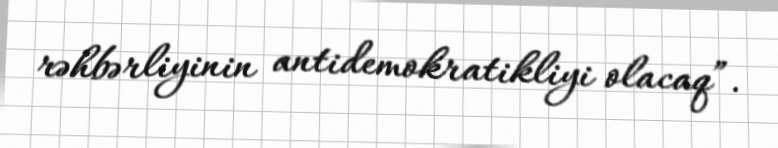
rəhbərliyinin antidemokratikliyi olacaq”.